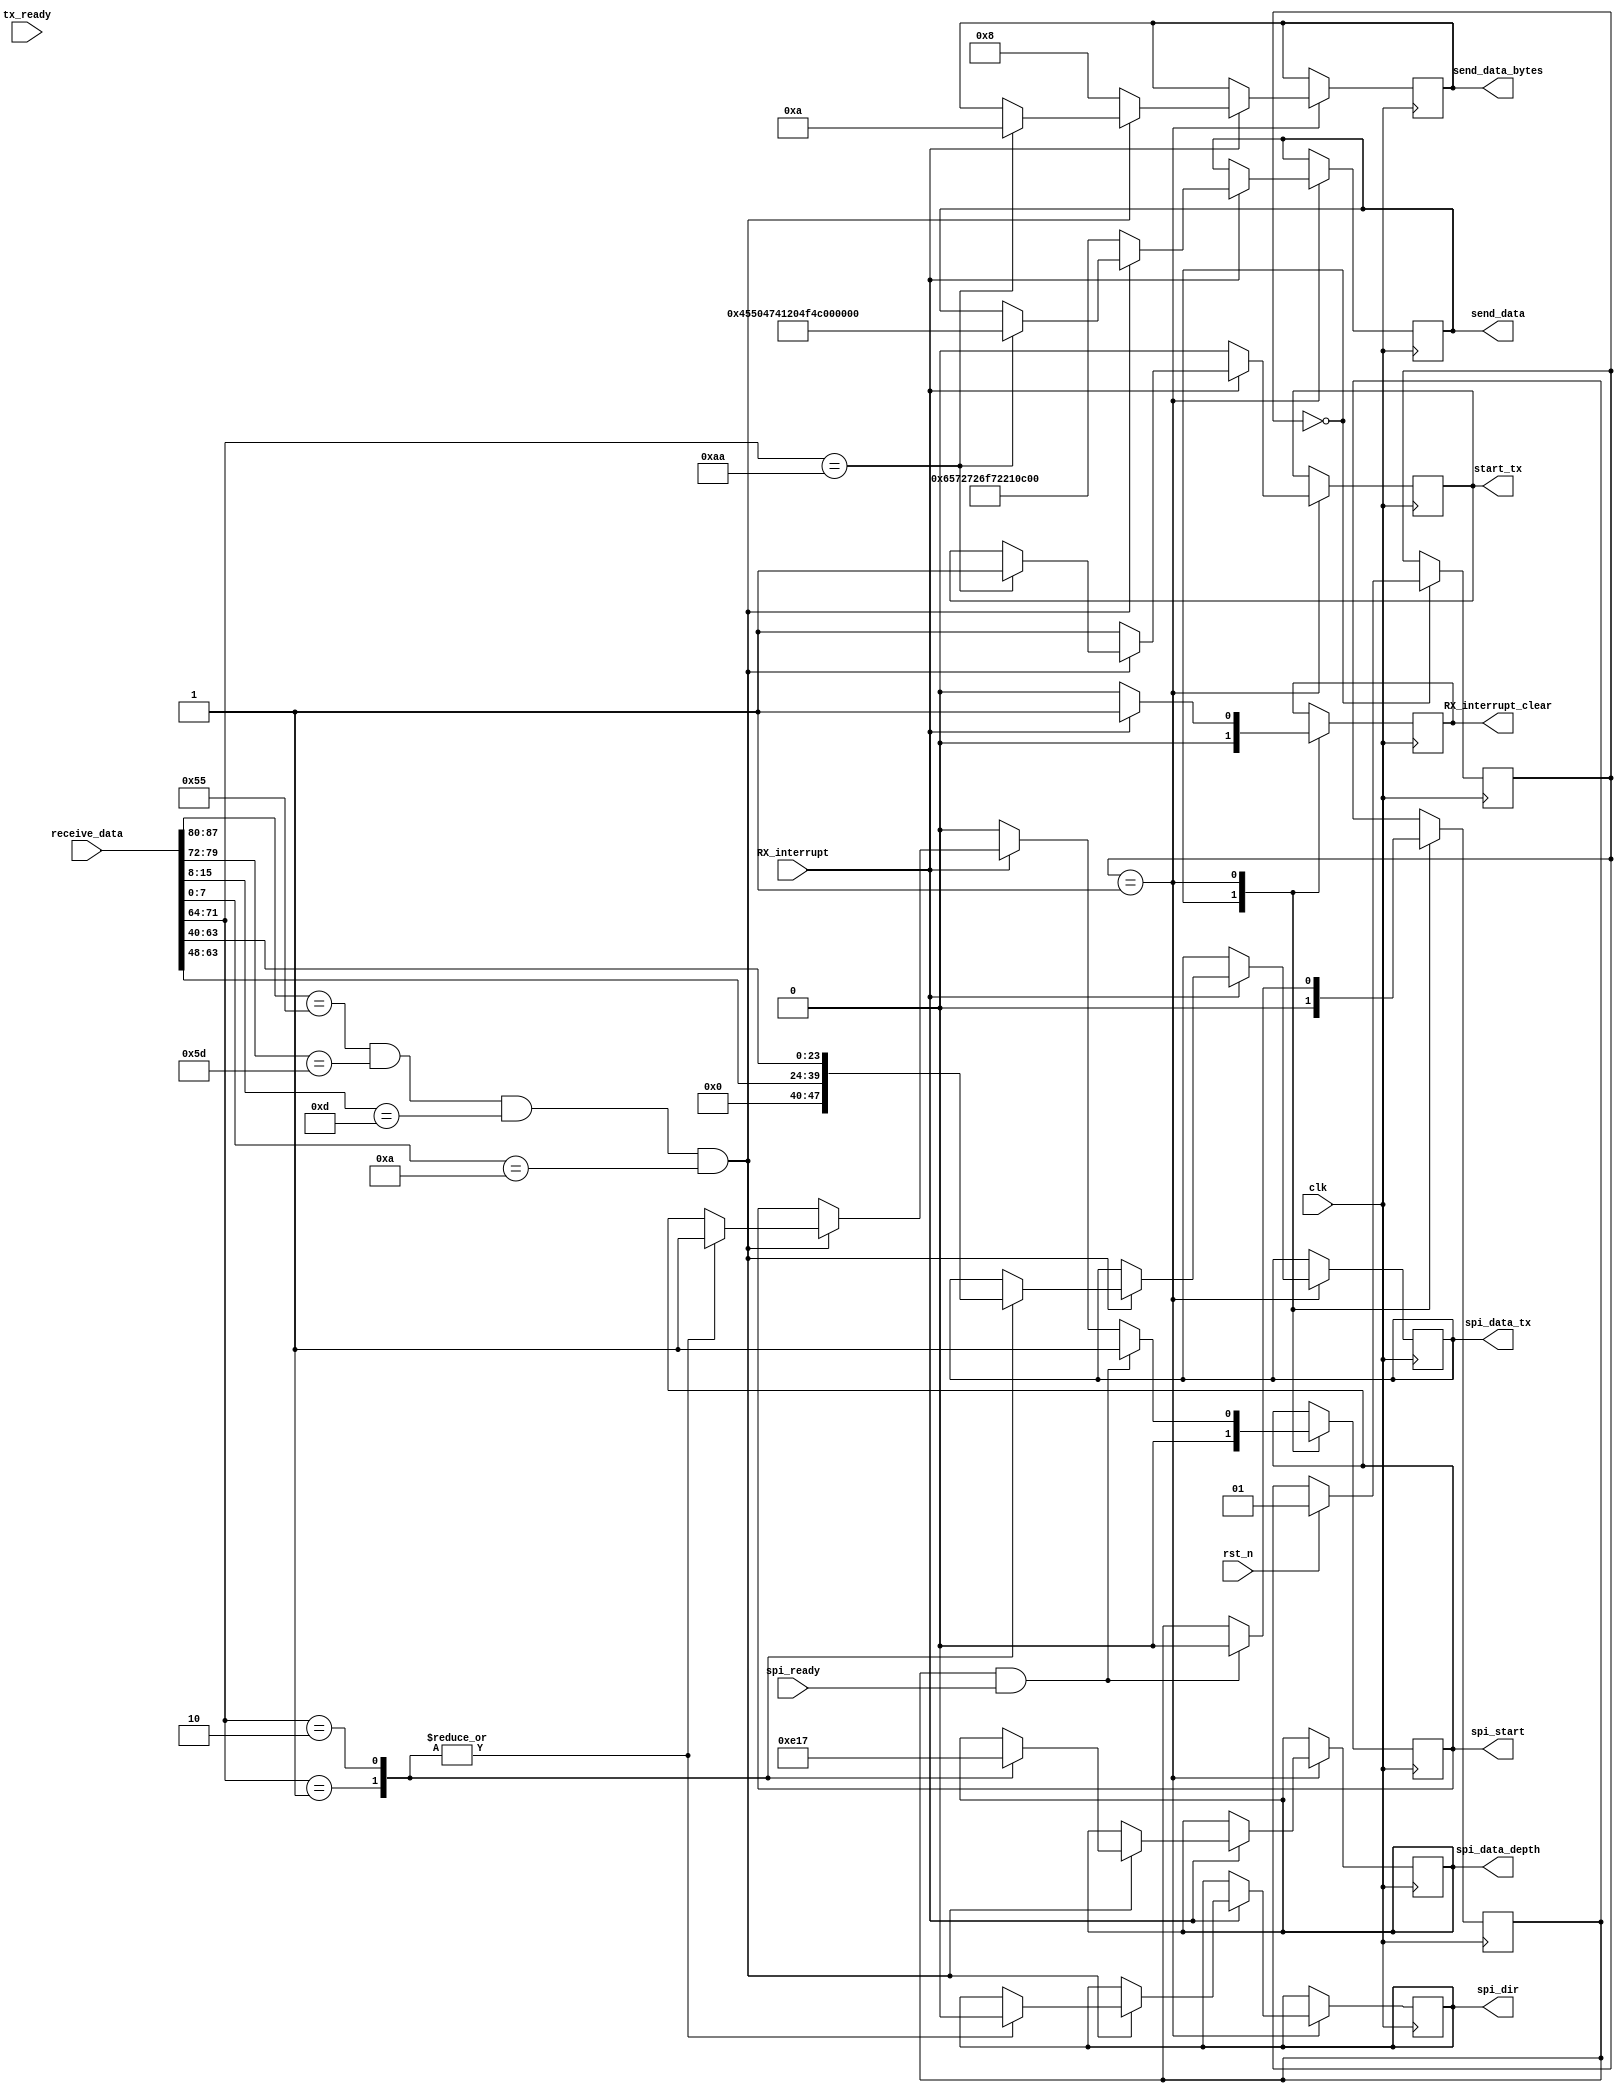
module process
#(
    parameter uart_data_depth = 12
)
(
	input clk,
	input rst_n,

    input tx_ready,
	output reg start_tx,
	output reg [uart_data_depth*8-1:0] send_data,
	output reg [5:0] send_data_bytes,

	input [uart_data_depth*8-1:0] receive_data,
	input RX_interrupt,
	// output reg [3:0] receive_data_bytes,
	output reg RX_interrupt_clear,

    input spi_ready,
    output reg spi_dir,
    output reg spi_start,
    output reg [23:0] spi_data_tx,
    output reg [7:0] spi_data_depth
);

localparam              PROCESS_RESET    = 0, 
                        UART_DEBUG       = 1;

wire [7:0] rx_byte [uart_data_depth-1:0];

genvar i;
generate 
    for(i=1;i<=uart_data_depth;i=i+1) 
    begin: rx_byte_gen
        assign rx_byte[i-1][7:0]=receive_data[i*8-1-:8];
    end
endgenerate

reg [1:0] process_state=PROCESS_RESET;
reg spi_wait;

always @(posedge clk)
case(process_state)
PROCESS_RESET:
begin
    RX_interrupt_clear<=0;
    spi_start<=0;
    // receive_data_bytes<=2;
    spi_wait<=0;
    if(rst_n)
        process_state<=UART_DEBUG;   
end
UART_DEBUG:
begin
    if(RX_interrupt)
    begin
        if((rx_byte[10] == 8'h55) && (rx_byte[9] == 8'h5D) 
        && (rx_byte[1] == 8'h0D) && (rx_byte[0] == 8'h0A)) //'head' and 'end' check 
        begin
            case(rx_byte[8])
            8'h01: // write rffe reg0
            begin
                spi_dir<=0;
                spi_data_depth<=14;
                spi_data_tx<={rx_byte[7],rx_byte[6]};
                spi_start<=1;   
            end
            8'h02: // write rffe
            begin
                spi_dir<=0;
                spi_data_depth<=23;
                spi_data_tx<={rx_byte[7],rx_byte[6],rx_byte[5]};
                spi_start<=1;   
            end
            8'hAA:// uart connection test
            begin
                send_data<= 80'h45504741204F4B210D0A;// FPGA OK!
                send_data_bytes<=10;
                start_tx<=1;
            end
            endcase
        end
        else
        begin
            send_data<= 64'h6572726F72210D0A; //'error!'
            send_data_bytes<=8;
            start_tx<=1;
        end
        RX_interrupt_clear<=1;
    end
    else
    begin
        spi_start<=0;
        RX_interrupt_clear<=0;
        start_tx<=0;
    end 

    if(spi_wait&&spi_ready) //a spi transmition is waiting to start
    begin
        spi_wait<=0;
        spi_start<=1;
    end   
end
endcase

endmodule